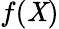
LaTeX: f(\mathit{X})